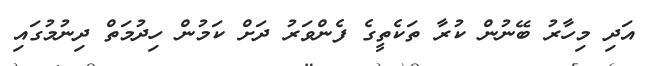
އަދި މިހާރު ބޭނުން ކުރާ ތަކެތީގެ ފެންވަރު ދަށް ކަމުން ހިދުމަތް ދިނުމުގައި